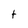
Character: t